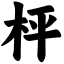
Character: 枰